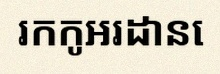
រកកូអរដោនេ